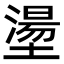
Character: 𡑑